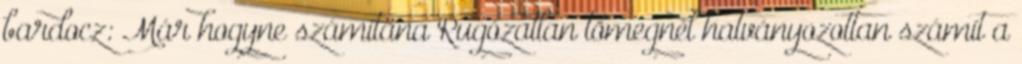
bardocz: Már hogyne számítana Rugózatlan tömegnél hatványozottan számít a